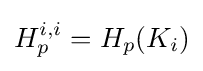
H_{p}^{i,i}=H_{p}(K_{i})